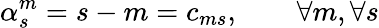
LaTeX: \alpha_{s}^{m}=s-m=c_{ms},\qquad\forall m,\forall s